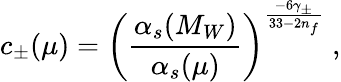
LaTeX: c_{\pm}(\mu)=\left(\frac{\alpha_{s}(M_{W})}{\alpha_{s}(\mu)}\right)^{\frac{-6\gamma_{\pm}}{33-2n_{f}}}\; ,